Reports on military cantonments and civil stations in the Presidency of Bombay inspected by the Sanitary Commissioner in the years 1875 and 1876
Year: 1875
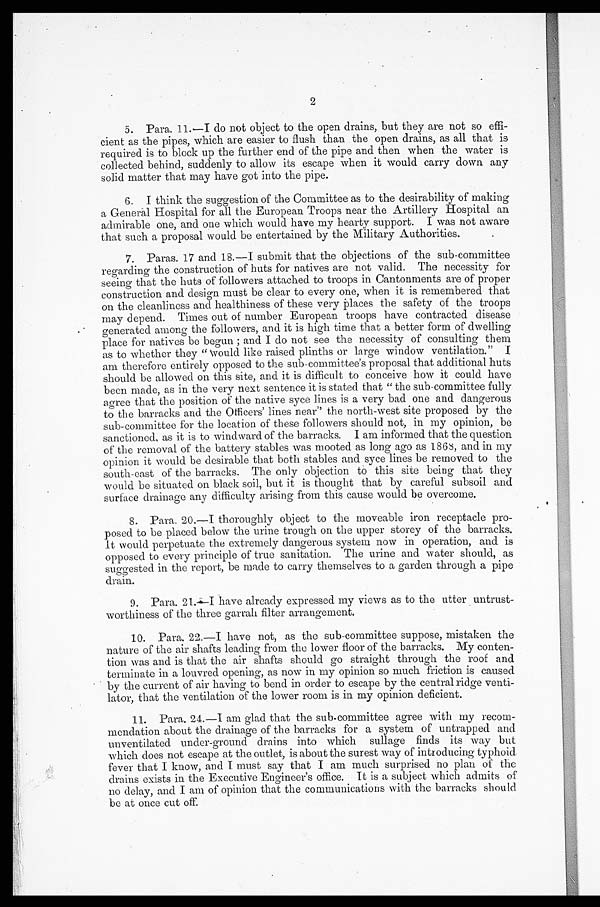
2
5. Para. 11.—
I do not object to the open drains, but they are not so effi
-cient as the pipes, which are easier to flush than the open drains, as all that is
required is to block up the further end of the pipe and then when the water is
collected behind, suddenly to allow its escape when it would carry down any
solid matter that may have got into the pipe.
6. I think the suggestion of the Committee as to the desirability of making
a General Hospital for all the European Troops near the Artillery Hospital an
admirable one, and one which would have my hearty support. I was not aware
that such a proposal would be entertained by the Military Authorities.
7. Paras. 17 and 18.—I submit that the objections of the sub-committee
regarding the construction of huts for natives are not valid. The necessity for
seeing that the huts of followers attached to troops in Cantonments are of proper
construction and design must be clear to every one, when it is remembered that
on the cleanliness and healthiness of these very Places the safety of the troops
may depend. Times out of number European troops have contracted disease
generated among the followers, and it is high time that a better form of dwelling
place for natives be begun ; and I do not see the necessity of consulting them
as to whether they "would like raised plinths or large window ventilation."I
am therefore entirely opposed to the sub-committee's proposal that additional huts
should be allowed on this site, and it is difficult to conceive how it could have
been made, as in the very next sentence it is stated that "the sub-committee fully
agree that the position of the native syce lines is a very bad one and dangerous
to the barracks and the Officers' lines near" the north-west site proposed by the
sub-committee for the location of these followers should not, in my opinion, be
sanctioned, as it is to windward of the barracks. I am informed that the question
of the removal of the battery stables was mooted as long ago as 1868, and in my
opinion it would be desirable that both stables and syce lines be removed to the
south-east of the barracks. The only objection to this site being that they
would be situated on black soil, but it is thought that by careful subsoil and
surface drainage any difficulty arising from this cause would be overcome.
8. Para. 20.—I thoroughly object to the moveable iron receptacle pro-
posed to be placed below the urine trough on the upper storey of the barracks.
It would perpetuate the extremely dangerous system now in operation, and is
opposed to every principle of true sanitation. The urine and water should, as
sumvested in the report, be made to carry themselves to a garden through a pipe
drain.
9. Para. 21.—
I have already expressed my views as to the utter untrust-
worthiness of the three garrah filter arrangement.
10. Para. 22.—I have not, as the sub-committee suppose, mistaken the
nature of the air shafts leading from the lower floor of the barracks. My conten-
tion was and is that the air shafts should go straight through the roof and
terminate in a louvred opening, as now in my opinion so much friction is caused
by the current of air having to bend in order to escape by the central ridge venti-
lator, that the ventilation of the lower room is in my opinion deficient.
11. Para. 24.—
I am glad that the sub-committee agree with my recom-
mendation about the drainage of the barracks for a system of untrapped and
unventilated under-ground drains into which sullage finds its way but
which does not escape at the outlet, is about the surest way of introducing typhoid.
fever that I know, and I must say that I am much surprised no plan of the
drains exists in the Executive Engineer's office. It is a subject which admits of
no delay, and I am of opinion that the communications with the barracks should
be at once cut off.